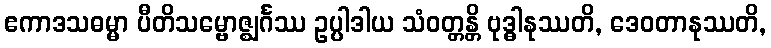
ဧကာဒသဓမ္မာ ပီတိသမ္ဗောဇ္ဈင်္ဂဿ ဥပ္ပါဒါယ သံဝတ္တန္တိ ဗုဒ္ဓါနုဿတိ, ဒေဝတာနုဿတိ,